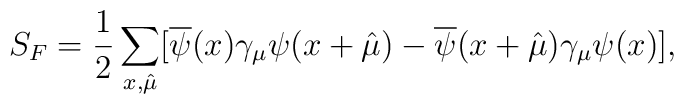
S_F=\frac{1}{2}\sum_{x,\hat{\mu}}[\overline{\psi}(x)\gamma_\mu\psi    (x+\hat{\mu})-\overline{\psi}(x+\hat{\mu})\gamma_\mu\psi(x)],